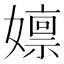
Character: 𫲃